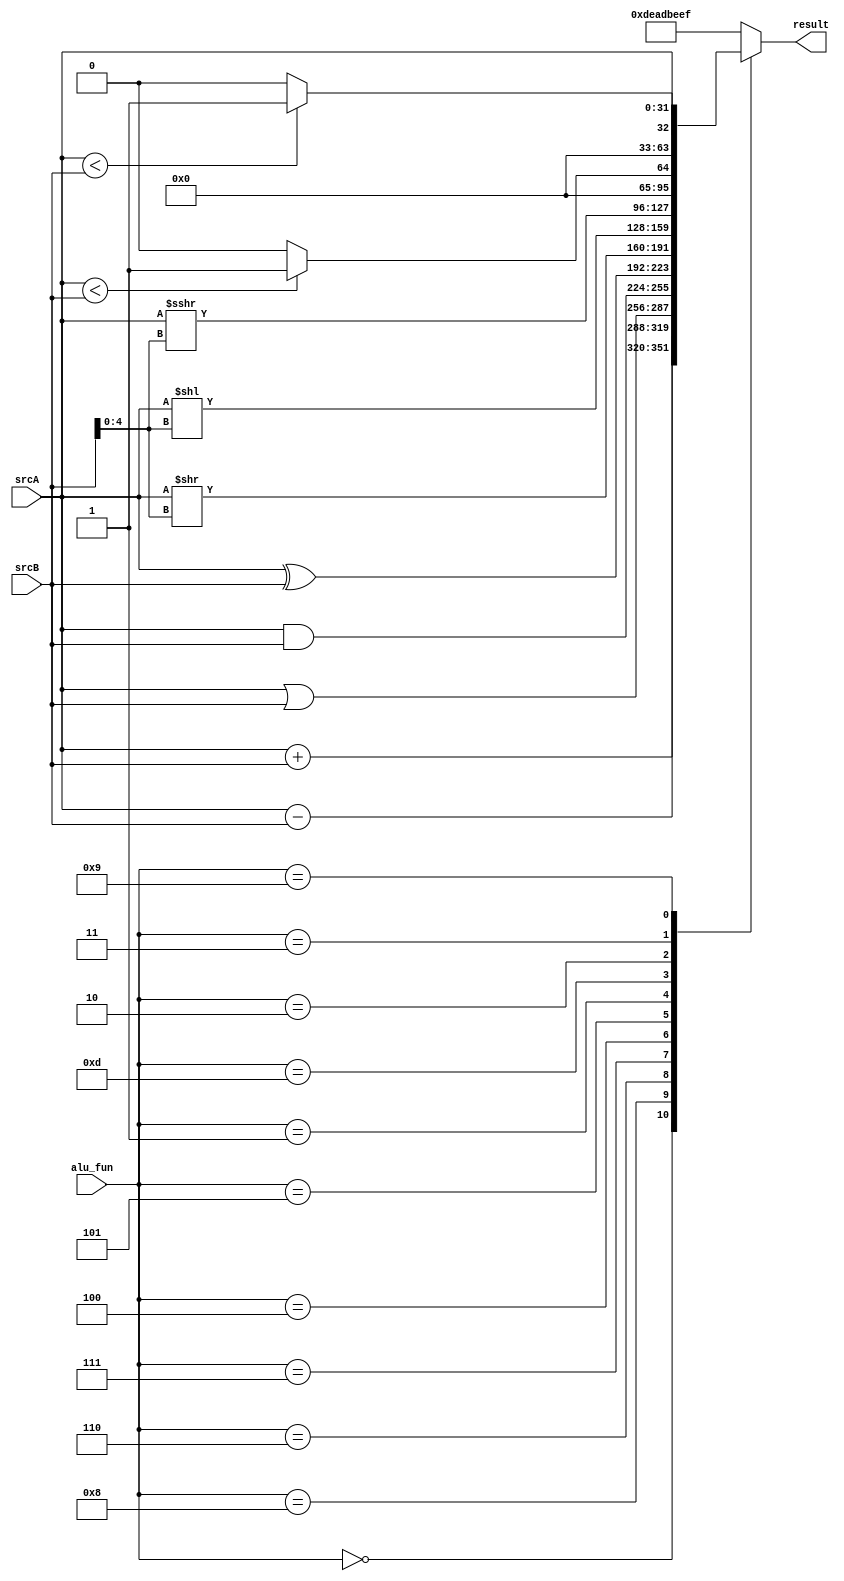
`timescale 1ns / 1ps

/*
  High level model of the RISC-V MCU
  Arithmetic Logic Unit (ALU). It implements
  the instructions below using verilog
  mathematical operators.
*/
module alu(
    input [31:0] srcA,
    input [31:0] srcB,
    input [3:0] alu_fun,
    output reg [31:0] result
    );
    
    always @ (*) begin
        case (alu_fun)
            4'b0000: result = srcA + srcB; // add
            4'b1000: result = srcA - srcB; // sub
            4'b0110: result = srcA | srcB; // or
            4'b0111: result = srcA & srcB; // and
            4'b0100: result = srcA ^ srcB; // xor
            4'b0101: result = srcA >> srcB[4:0]; // srl
            4'b0001: result = srcA << srcB[4:0]; // sll
            4'b1101: result = $signed(srcA) >>> srcB[4:0]; // sra
            4'b0010: result = ($signed(srcA) < $signed(srcB)) ? 1 : 0; // slt
            4'b0011: result = (srcA < srcB) ? 1 : 0; // sltu
            4'b1001: result = srcA; // lui
            default: result = 32'hDEAD_BEEF;
        endcase
    end
    
endmodule